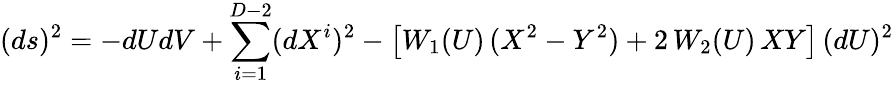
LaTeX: (ds)^{2}=-dUdV+\sum_{i=1}^{D-2}(dX^{i})^{2}-\left[W_{1}(U)\, (X^{2}-Y^{2})+2\, W_{2}(U)\, XY\right]\, (dU)^{2}